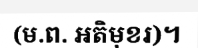
(ម.ព. អតិមុខរ)។